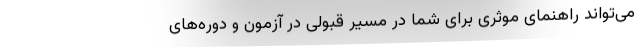
می‌تواند راهنمای موثری برای شما در مسیر قبولی در آزمون و دوره‌های